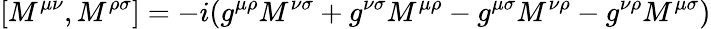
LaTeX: [M^{\mu\nu},M^{\rho\sigma}]=-i(g^{\mu\rho}M^{\nu\sigma}+g^{\nu\sigma}M^{\mu\rho}-g^{\mu\sigma}M^{\nu\rho}-g^{\nu\rho}M^{\mu\sigma})